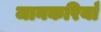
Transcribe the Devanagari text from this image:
जानकरियाँ